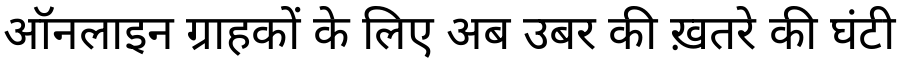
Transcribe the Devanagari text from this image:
ऑनलाइन ग्राहकों के लिए अब उबर की ख़तरे की घंटी